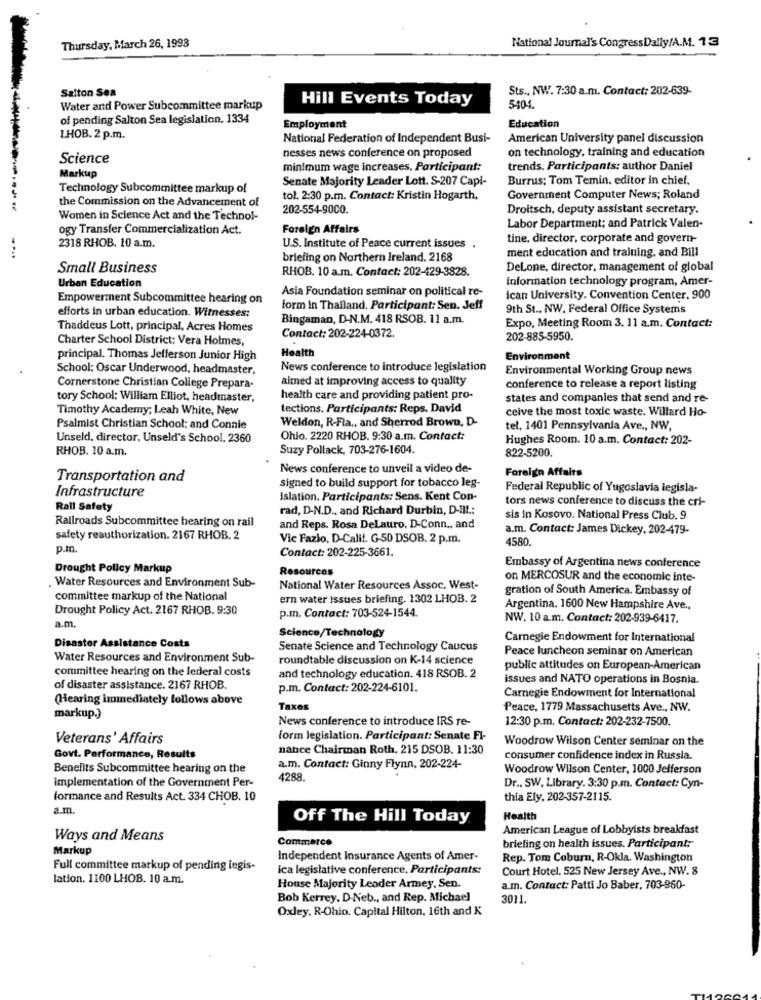
Thursday, March 26, 1998
National Journal's Congress Dally/A.M. 13
Salton Sea
Sts ., NW. 7:30 a.m. Contact: 202-639-
Hill Events Today
Water and Power Subcommittee markup
5404
of pending Salton Sea legislation. 1334
Employment
Education
LHOB. 2 p.m.
National Federation of Independent Busi-
American University panel discussion
nesses news conference on proposed
on technology, training and education
Science
minimum wage increases, Participant:
trends. Participants: author Daniel
Markup
Senate Majority Leader Lott. S-207 Capi-
Burrus: Tom Temin. editor in chief.
Technology Subcommittee markup of
the Commission on the Advancement of
tol. 2:30 p.m. Contact: Kristin Hogarth,
Government Computer News; Roland
202-554-9000.
Droitsch, deputy assistant secretary.
Women in Science Act and the Technol-
ogy Transfer Commercialization Act.
Foreign Affairs
Labor Department; and Patrick Valen-
2318 RHOB. 10 a.m.
tine, director, corporate and govern-
U.S. Institute of Peace current issues .
ment education and training, and Bill
....
briefing on Northern Ireland. 2168
Small Business
RHOB. 10 a.m. Contact: 202-429-3828.
DeLone, director, management of global
Urban Education
information technology program, Amer-
Asia Foundation seminar on political re-
Empowerment Subcommittee hearing on
Ican University. Convention Center, 900
form in Thailand. Participant: Sen. Jeff
9th St ., NW. Federal Office Systems
efforts in urban education. Witnesses:
Bingaman, D-N.M. 418 RSOB. 11 a.m.
Thaddeus Lott, principal, Acres Homes
Contact: 202-224-0372.
Expo, Meeting Room 3. 11 a.m. Contact:
Charter School District: Vera Holmes,
202-885-5950.
Health
principal. Thomas Jefferson Junior High
Environment
School: Oscar Underwood, headmaster,
News conference to introduce legislation
Environmental Working Group news
aimed at improving access to quality
Cornerstone Christian College Prepara-
conference to release a report listing
tory School: William Elliot, headmaster,
health care and providing patient pro-
states and companies that send and re-
Timothy Academy; Leah White, New
tections. Participants: Reps. David
ceive the most toxic waste. Willard Ho-
Weldon, R-Fla ., and Sherrod Brown, D-
Psalmist Christian School; and Connie
tel, 1401 Pennsylvania Ave ., NW,
Unseld, director, Unseld's School. 2360
Ohio. 2220 RHOB. 9:30 a.m. Contact:
Hughes Room. 10 a.m. Contact: 202-
RHOB. 10 a.m.
Suzy Pollack, 703-276-1604.
822-5200.
News conference to unveil a video de-
Foreign Affairs
Transportation and
signed to build support for tobacco leg-
Federal Republic of Yugoslavia legisla-
Infrastructure
Islation. Participants: Sens. Kent Con-
tors news conference to discuss the cri-
Rall Safety
rad, D-N.D ., and Richard Durbin, D-IIL .;
Railroads Subcommittee hearing on rail
sis in Kosovo. National Press Club. 9
and Reps. Rosa DeLauro, D-Conn ., and
a.m. Contact: James Dickey. 202-479-
safety reauthorization. 2167 RHOB. 2
Vic Fazio, D-Calif. G-50 DSOB. 2 p.m.
4580
p.m.
Contact: 202-225-3661.
Drought Policy Markup
Resources
Embassy of Argentina news conference
on MERCOSUR and the economic inte-
. Water Resources and Environment Sub-
National Water Resources Assoc. West-
gration of South America. Embassy of
committee markup of the National
ern water issues briefing. 1302 LHOB. 2
Drought Policy Act. 2167 RHOB. 9:30
p.m. Contact: 703-524-1544.
Argentina. 1600 New Hampshire Ave .,
NW. 10 a.m. Contact: 202-939-6417.
a.m.
Science/Technology
Disaster Assistance Costs
Carnegie Endowment for International
Senate Science and Technology Caucus
Peace luncheon seminar on American
Water Resources and Environment Sub-
roundtable discussion on K-14 science
committee hearing on the lederal costs
and technology education. 418 RSOB. 2
public attitudes on European-American
issues and NATO operations in Bosnia.
of disaster assistance. 2167 RHOB.
p.m. Contact: 202-224-6101.
(Hearing immediately follows above
Carnegie Endowment for International
Taxes
Peace, 1779 Massachusetts Ave ., NW.
markup.)
News conference to introduce IRS re-
12:30 p.m. Contact: 202-232-7500.
Veterans' Affairs
form legislation. Participant: Senate FI-
Woodrow Wilson Center seminar on the
nance Chairman Roth, 215 DSOB. 11:30
Govt. Performance, Results
consumer confidence index in Russia.
Benefits Subcommittee hearing on the
a.m. Contact: Ginny Flynn, 202-224-
Woodrow Wilson Center, 1000 Jefferson
implementation of the Government Per-
4288.
Dr ., SW, Library. 3:30 p.m. Contact: Cyn-
formance and Results Act. 334 CHOB. 10
thia Ely, 202-357-2115.
a.m.
Off The Hill Today
Health
American League of Lobbyists breakfast
Ways and Means
Commerce
Markup
briefing on health issues. Participant:
Independent Insurance Agents of Amer-
Rep. Tom Coburn, R-Okla. Washington
Full committee markup of pending legis-
ica legislative conference. Participants:
Court Hotel, 525 New Jersey Ave ., NW. 8
lation. 1100 LHOB. 10 a.m.
House Majority Leader Armey, Sen.
a.m. Contact: Patti Jo Baber, 703-960-
Bob Kerrey, D-Neb ., and Rep. Michael
3011
Oxley. R-Ohio. Capital Hilton, 16th and K